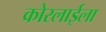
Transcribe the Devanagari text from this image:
कोरलाईला